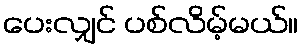
ပေးလျှင် ပစ်လိမ့်မယ်။